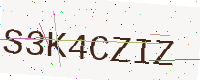
Text: S3K4CZIZ